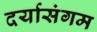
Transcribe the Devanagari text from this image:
दर्यासंगम